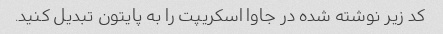
کد زیر نوشته شده در جاوا اسکریپت را به پایتون تبدیل کنید.